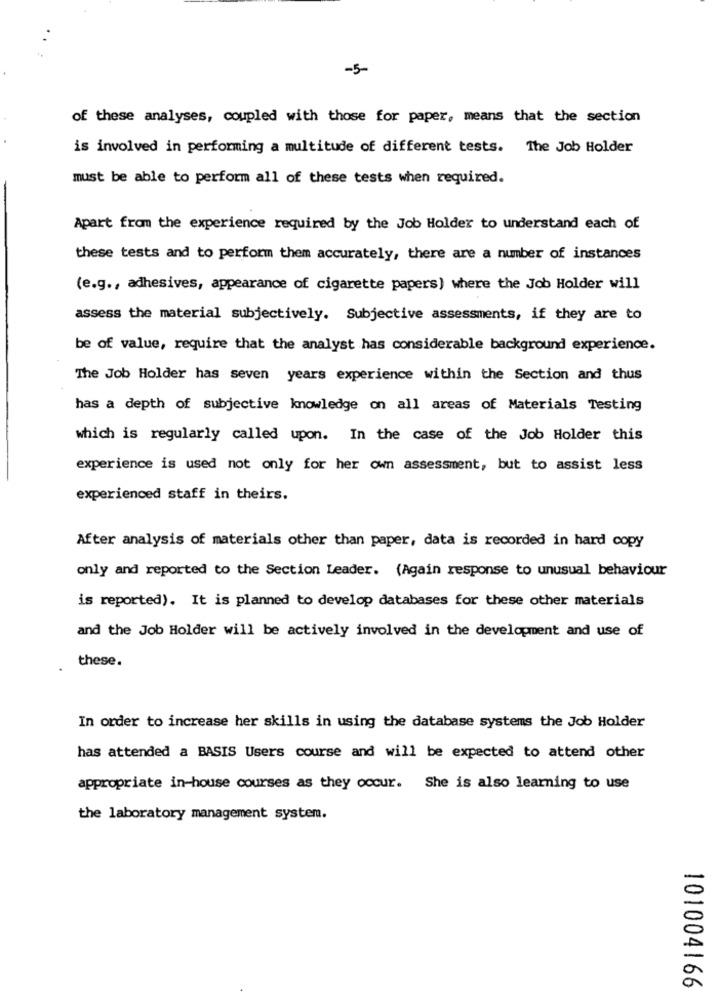
-5
of these analyses, coupled with those for paper, means that the section
is involved in performing a multitude of different tests. The Job Holder
must be able to perform all of these tests when required.
Apart from the experience required by the Job Holder to understand each of
these tests and to perform them accurately, there are a number of instances
(e.g ., adhesives, appearance of cigarette papers) where the Job Holder will
assess the material subjectively. Subjective assessments, if they are to
be of value, require that the analyst has considerable background experience.
The Job Holder has seven years experience within the Section and thus
has a depth of subjective knowledge on all areas of Materials Testing
which is regularly called upon. In the case of the Job Holder this
experience is used not only for her own assessment, but to assist less
experienced staff in theirs.
After analysis of materials other than paper, data is recorded in hard copy
only and reported to the Section Leader. (Again response to unusual behaviour
is reported). It is planned to develop databases for these other materials
and the Job Holder will be actively involved in the development and use of
these.
In order to increase her skills in using the database systems the Job Holder
has attended a BASIS Users course and will be expected to attend other
appropriate in-house courses as they occur. She is also learning to use
the laboratory management system.
101004166